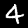
Digit: 4